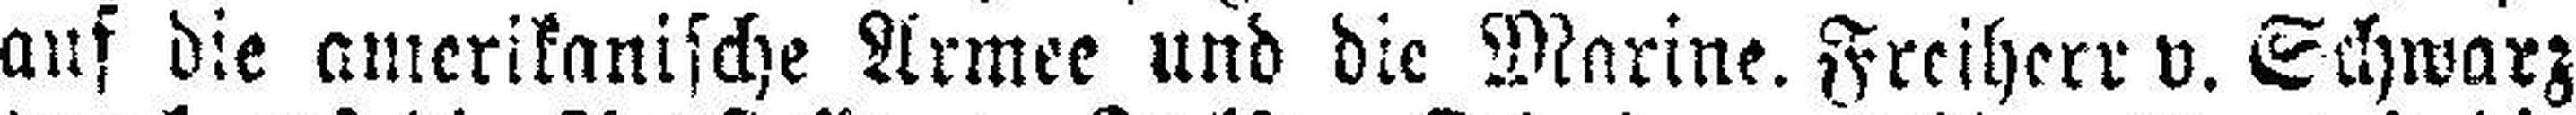
auf die amerikanische Armee und die Marine. Freiherr v. Schwarz